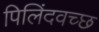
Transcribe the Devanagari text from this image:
पिलिंदवच्छ